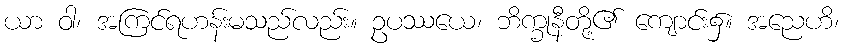
ယာ ဝါ၊ အကြင်ရဟန်းမသည်လည်း။ ဥပဿယေ၊ ဘိက္ခုနီတို့၏ ကျောင်း၌။ အညေဟိ၊